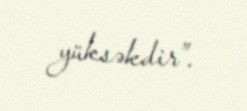
yüksəkdir”.